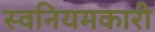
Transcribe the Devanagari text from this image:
स्वनियमकारी